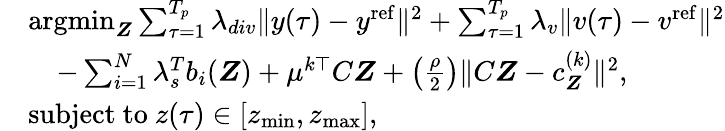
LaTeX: \begin{array}{rl}&{\operatorname{argmin}_{\boldsymbol{Z}}\sum_{\tau=1}^{T_{p}}\lambda_{div}\| y(\tau)-y^{\mathrm{ref}}\| ^{2}+\sum_{\tau=1}^{T_{p}}\lambda_{v}\| v(\tau)-v^{\mathrm{ref}}\| ^{2}}\\ &{\quad-\sum_{i=1}^{N}\lambda_{s}^{T}b_{i}(\boldsymbol{Z})+\mu^{k\top}C\boldsymbol{Z}+\left(\frac{\rho}{2}\right)\| C\boldsymbol{Z}-c_{\boldsymbol{Z}}^{(k)}\| ^{2},}\\ &{\mathrm{subject~to~}z(\tau)\in[z_{\operatorname*{min}},z_{\operatorname*{max}}],}\end{array}